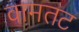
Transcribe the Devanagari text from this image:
वामतट